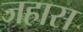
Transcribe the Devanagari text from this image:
जहास